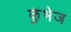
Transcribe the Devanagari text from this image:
कुंभेज